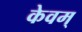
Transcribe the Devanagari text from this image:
केवम्